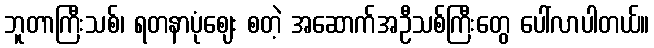
ဘူတာကြီးသစ်၊ ရတနာပုံဈေး စတဲ့ အဆောက်အဦသစ်ကြီးတွေ ပေါ်လာပါတယ်။